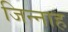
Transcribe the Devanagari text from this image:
जिन्‍नाह